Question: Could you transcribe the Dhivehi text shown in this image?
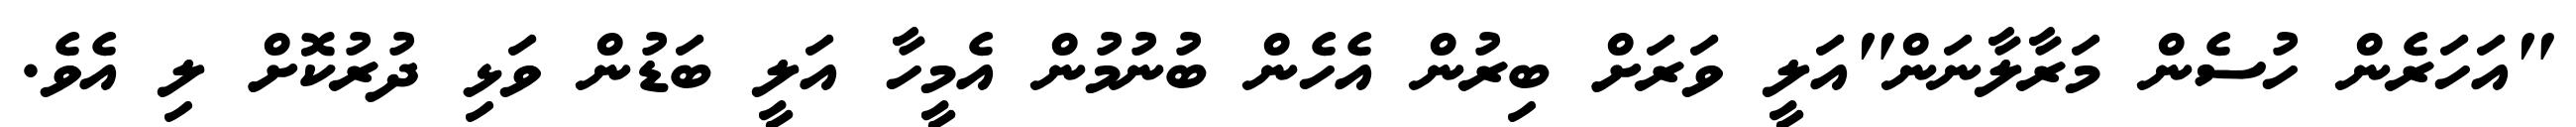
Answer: "އަހަރެން ހުސެން މަރާލާނަން"އަލީ ވަރަށް ބިރުން އެހެން ބުނުމުން އެމީހާ އަލީ ބަޑުން ވަޅި ދުރުކޮށް ލި އެވެ.